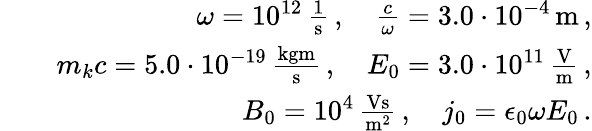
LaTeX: \begin{array}{rlr}&{}&{\omega=10^{12}\, \frac{1}{\mathrm{s}}\, ,\quad\frac{c}{\omega}=3.0\cdot 10^{-4}\, \mathrm{m}\, ,}\\ &{}&{m_{k}c=5.0\cdot 10^{-19}\, \frac{\mathrm{kgm}}{\mathrm{s}}\, ,\quad E_{0}=3.0\cdot 10^{11}\, \frac{\mathrm{V}}{\mathrm{m}}\, ,}\\ &{}&{B_{0}=10^{4}\, \frac{\mathrm{Vs}}{\mathrm{m}^{2}}\, ,\quad j_{0}=\epsilon_{0}\omega E_{0}\, .}\end{array}